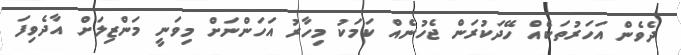
ދެވެން އަަަހަރުތަކެއް ހޭދަކުރަން ޖެހުނެއް ކަމަކު މިހާރު އަހަންނަށް މިވަނީ މަންޒިލަށް އާދެވިފަ